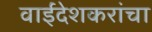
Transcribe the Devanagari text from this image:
वाईंदेशकरांचा